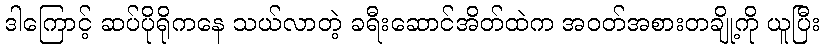
ဒါကြောင့် ဆပ်ပိုရိုကနေ သယ်လာတဲ့ ခရီးဆောင်အိတ်ထဲက အဝတ်အစားတချို့ကို ယူပြီး